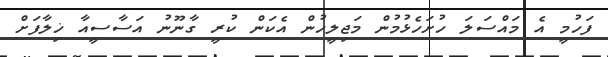
ފަހުމީ އެ މައްސަލަ ހުށަހެޅުމުން މަޖިލީހުން އެކަން ކުރީ ގާނޫނު އަސާސީއާ ޚިލާފަށް